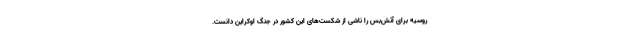
روسیه برای آتش‌بس را ناشی از شکست‌های این کشور در جنگ اوکراین دانست.